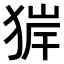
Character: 𤟉